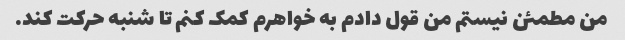
من مطمئن نیستم من قول دادم به خواهرم کمک کنم تا شنبه حرکت کند.